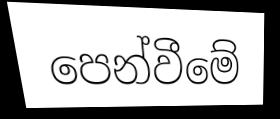
පෙන්වීමේ